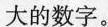
大的数字。